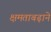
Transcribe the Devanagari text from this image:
क्षमताबढ़ाने